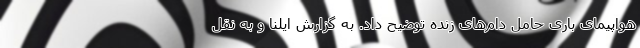
هواپیمای باری حامل دام‌های زنده توضیح داد. به گزارش ایلنا و به نقل